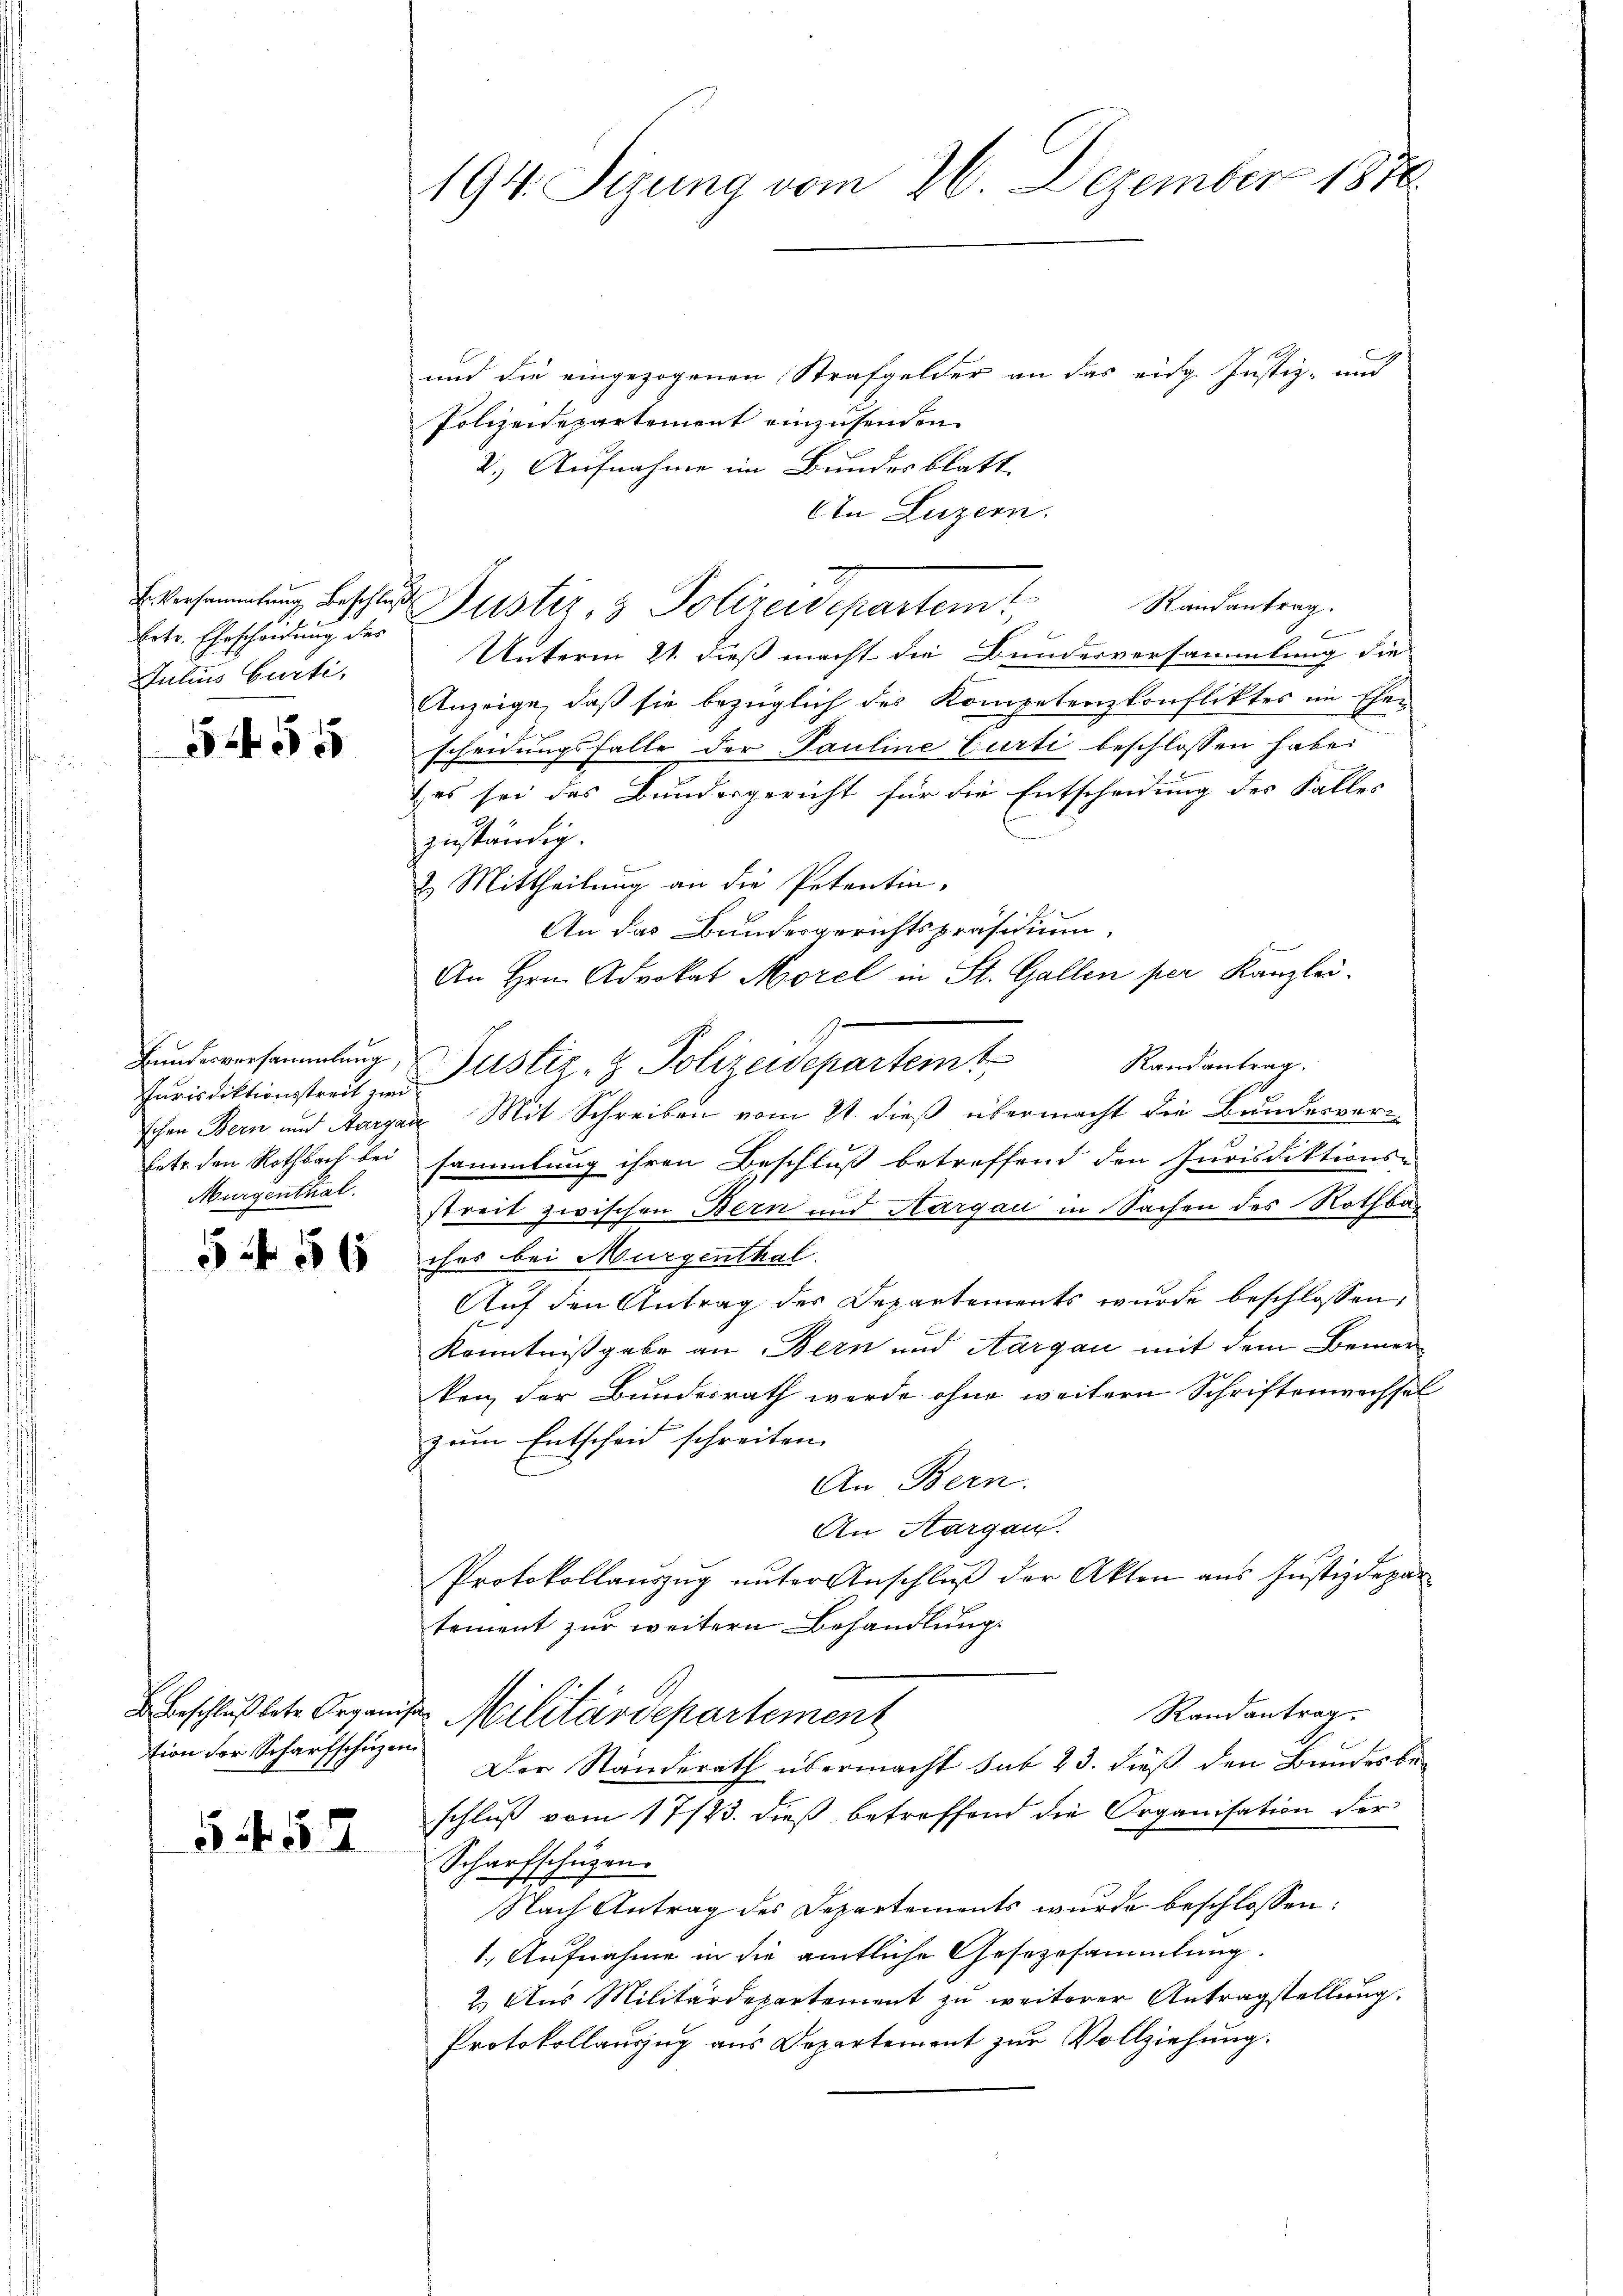
betr. Ehrscheidung des
Julius Curti,

555

Jurisdiktionsstreit zwei
Murgenthal.

54 56

tion der Scharfschüzen

554

194. Sizung vom 26. Dezember 1876

und die eingezogenen Strafgelder an das eidg. Justiz- und
Polizeidepartement einzusenden.
2.) Aufnahme im Bundesblatt
An Luzern.
E Versammlung beschluß Pustiz- & Polizeidepartem
Unterm 21. dieß macht die Bundesversammlung die
Anzeige, daß sie bezüglich des Kompetenzkonfliktes im Ehescheidungsfalle der Pauline Curti beschlossen habe.
& es sei das Bundergericht für die Entscheidung des Falles
zuständig.
2. Mittheilung an die Petentin.
An das Bundesgerichtspräsidium.
An Hrn. Advokat Morel in St. Gallen per Kanzlei.
Randantrag.
schen Bern und Aargau Mit Schreiben vom 21. dieß übermacht die Bundesverhetr. den Rothbach bei sammlung ihren Beschluß betreffend den Jurisdiktions-
streit zwischen Bern und Aargau in Sachen des Rothbar
ches bei Murgenthal.
Auf den Antrag der Departements wurde beschlossen,
Kenntnißgabe an Bern und Aargau mit dem Bemer-
ken der Bundesrath werde ohne weitern Schriftenwechsel
zum Entscheid schreiten.
An Bern.
An Aargau.
Protokollauszug unter Anschluß der Akten aus Justizdepar
tement zur weitern Behandlung.
Randantrag
u beschluß betr. Organis Militärdepartement
Der Standerath übermacht sub 23. dieß den Bundesbeschluß vom 17/23. dieß betreffend die Organisation der
Scharfschüzen.
Nach Antrag des Departements wurde beschlossen:
1., Aufnahme in die amtliche Gesezesammlung.
2.) Aus Militärdepartement zu weiterer Antragstellung.
Protokollauszug aus Departement zur Vollziehung.

Bundesversammlung & Justiz- & Polizeidepartemt

Randantrag.